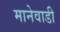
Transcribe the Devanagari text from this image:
मानेवाडी